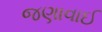
જણાવાઈ